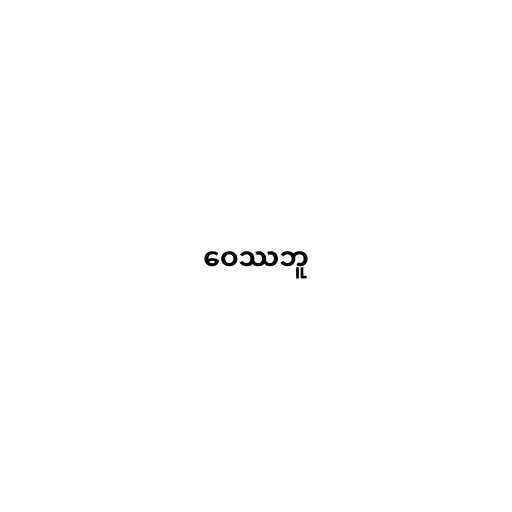
ဝေဿဘူ